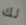
لك